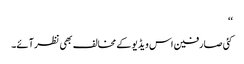
‘‘
کئی صارفین اس ویڈیو کے مخالف بھی نظر آئے۔